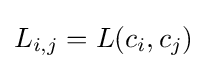
L_{i,j}=L(c_{i},c_{j})